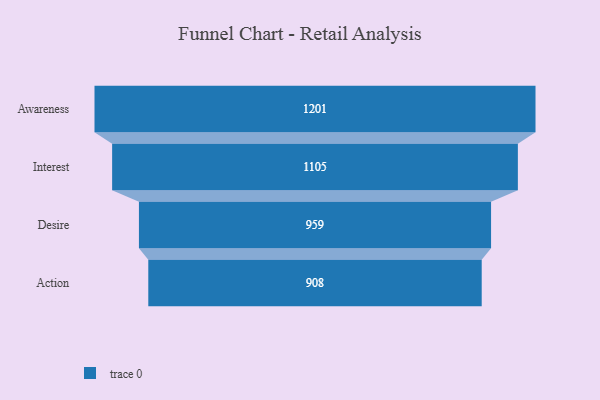
{"axis": {"x": "Stage", "y": "Value"}, "legend": [""], "data": [{"x": "Awareness", "y": 1201.0, "type": ""}, {"x": "Interest", "y": 1105.0, "type": ""}, {"x": "Desire", "y": 959.0, "type": ""}, {"x": "Action", "y": 908.0, "type": ""}]}